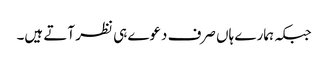
جبکہ ہمارے ہاں صرف دعوے ہی نظر آتے ہیں۔